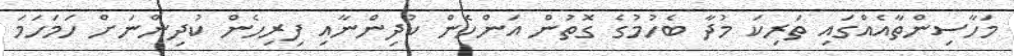
މަހާސިންތާއެއްގައި ތަރިކަ މުދާ ބެހުމުގެ ގޮތުން އަންހެން ކުދިންނާއި ފިރިހެން ކުދިންނަށް ހަމަހަމަ